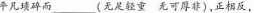
平凡琐碎而 ___ (无足轻重无可厚非)，正相反，